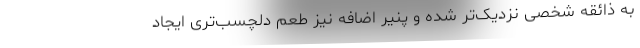
به ذائقه‌ شخصی نزدیک‌تر شده و پنیر اضافه نیز طعم دلچسب‌تری ایجاد